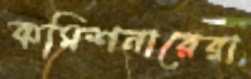
কমিশনারেরা